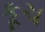
કૂચ